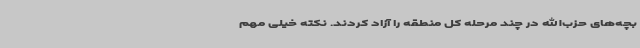
بچه‌های حزب‌الله در چند مرحله کل منطقه را آزاد کردند. نکته خیلی مهم